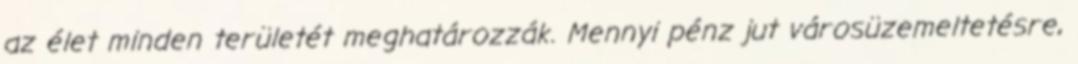
az élet minden területét meghatározzák. Mennyi pénz jut városüzemeltetésre,